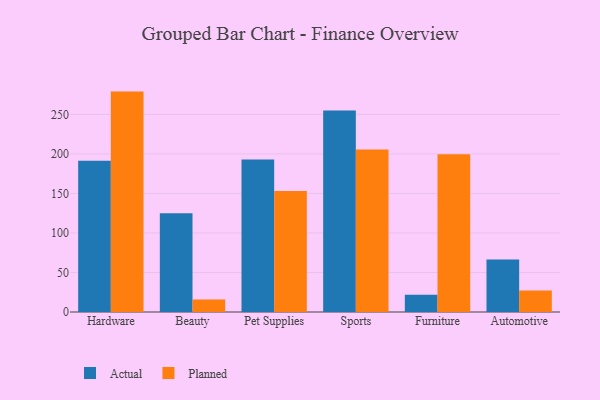
{"axis": {"x": "Category", "y": "LTV (USD)"}, "legend": ["Actual", "Planned"], "data": [{"x": "Hardware", "y": 191.2, "type": "Actual"}, {"x": "Hardware", "y": 278.8, "type": "Planned"}, {"x": "Beauty", "y": 125.0, "type": "Actual"}, {"x": "Beauty", "y": 15.9, "type": "Planned"}, {"x": "Pet Supplies", "y": 192.8, "type": "Actual"}, {"x": "Pet Supplies", "y": 153.2, "type": "Planned"}, {"x": "Sports", "y": 255.0, "type": "Actual"}, {"x": "Sports", "y": 205.4, "type": "Planned"}, {"x": "Furniture", "y": 21.8, "type": "Actual"}, {"x": "Furniture", "y": 199.7, "type": "Planned"}, {"x": "Automotive", "y": 66.4, "type": "Actual"}, {"x": "Automotive", "y": 27.3, "type": "Planned"}]}